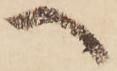
へ